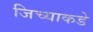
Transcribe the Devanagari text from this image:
जिच्याकडे